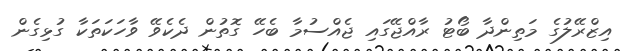
އިޒްރޭލުގެ މަތިންދާ ބޯޓު ރާއްޖޭގައި ޖެއްސުމާ ބެހޭ ގޮތުން ދެކެވޭ ވާހަކަތަކާ ގުޅިގެން